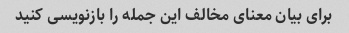
برای بیان معنای مخالف این جمله را بازنویسی کنید